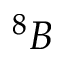
^ 8 B